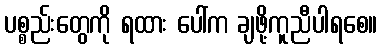
ပစ္စည်းတွေကို ရထား ပေါ်က ချဖို့ကူညီပါရစေ။